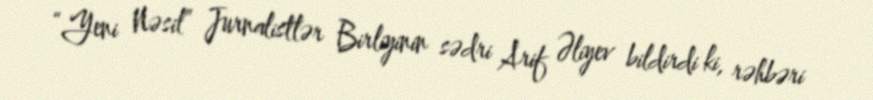
“Yeni Nəsil” Jurnalistlər Birliyinin sədri Arif Əliyev bildirdi ki, rəhbəri